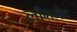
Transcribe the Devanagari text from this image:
लाँगमेट